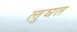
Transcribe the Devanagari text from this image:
लुघत